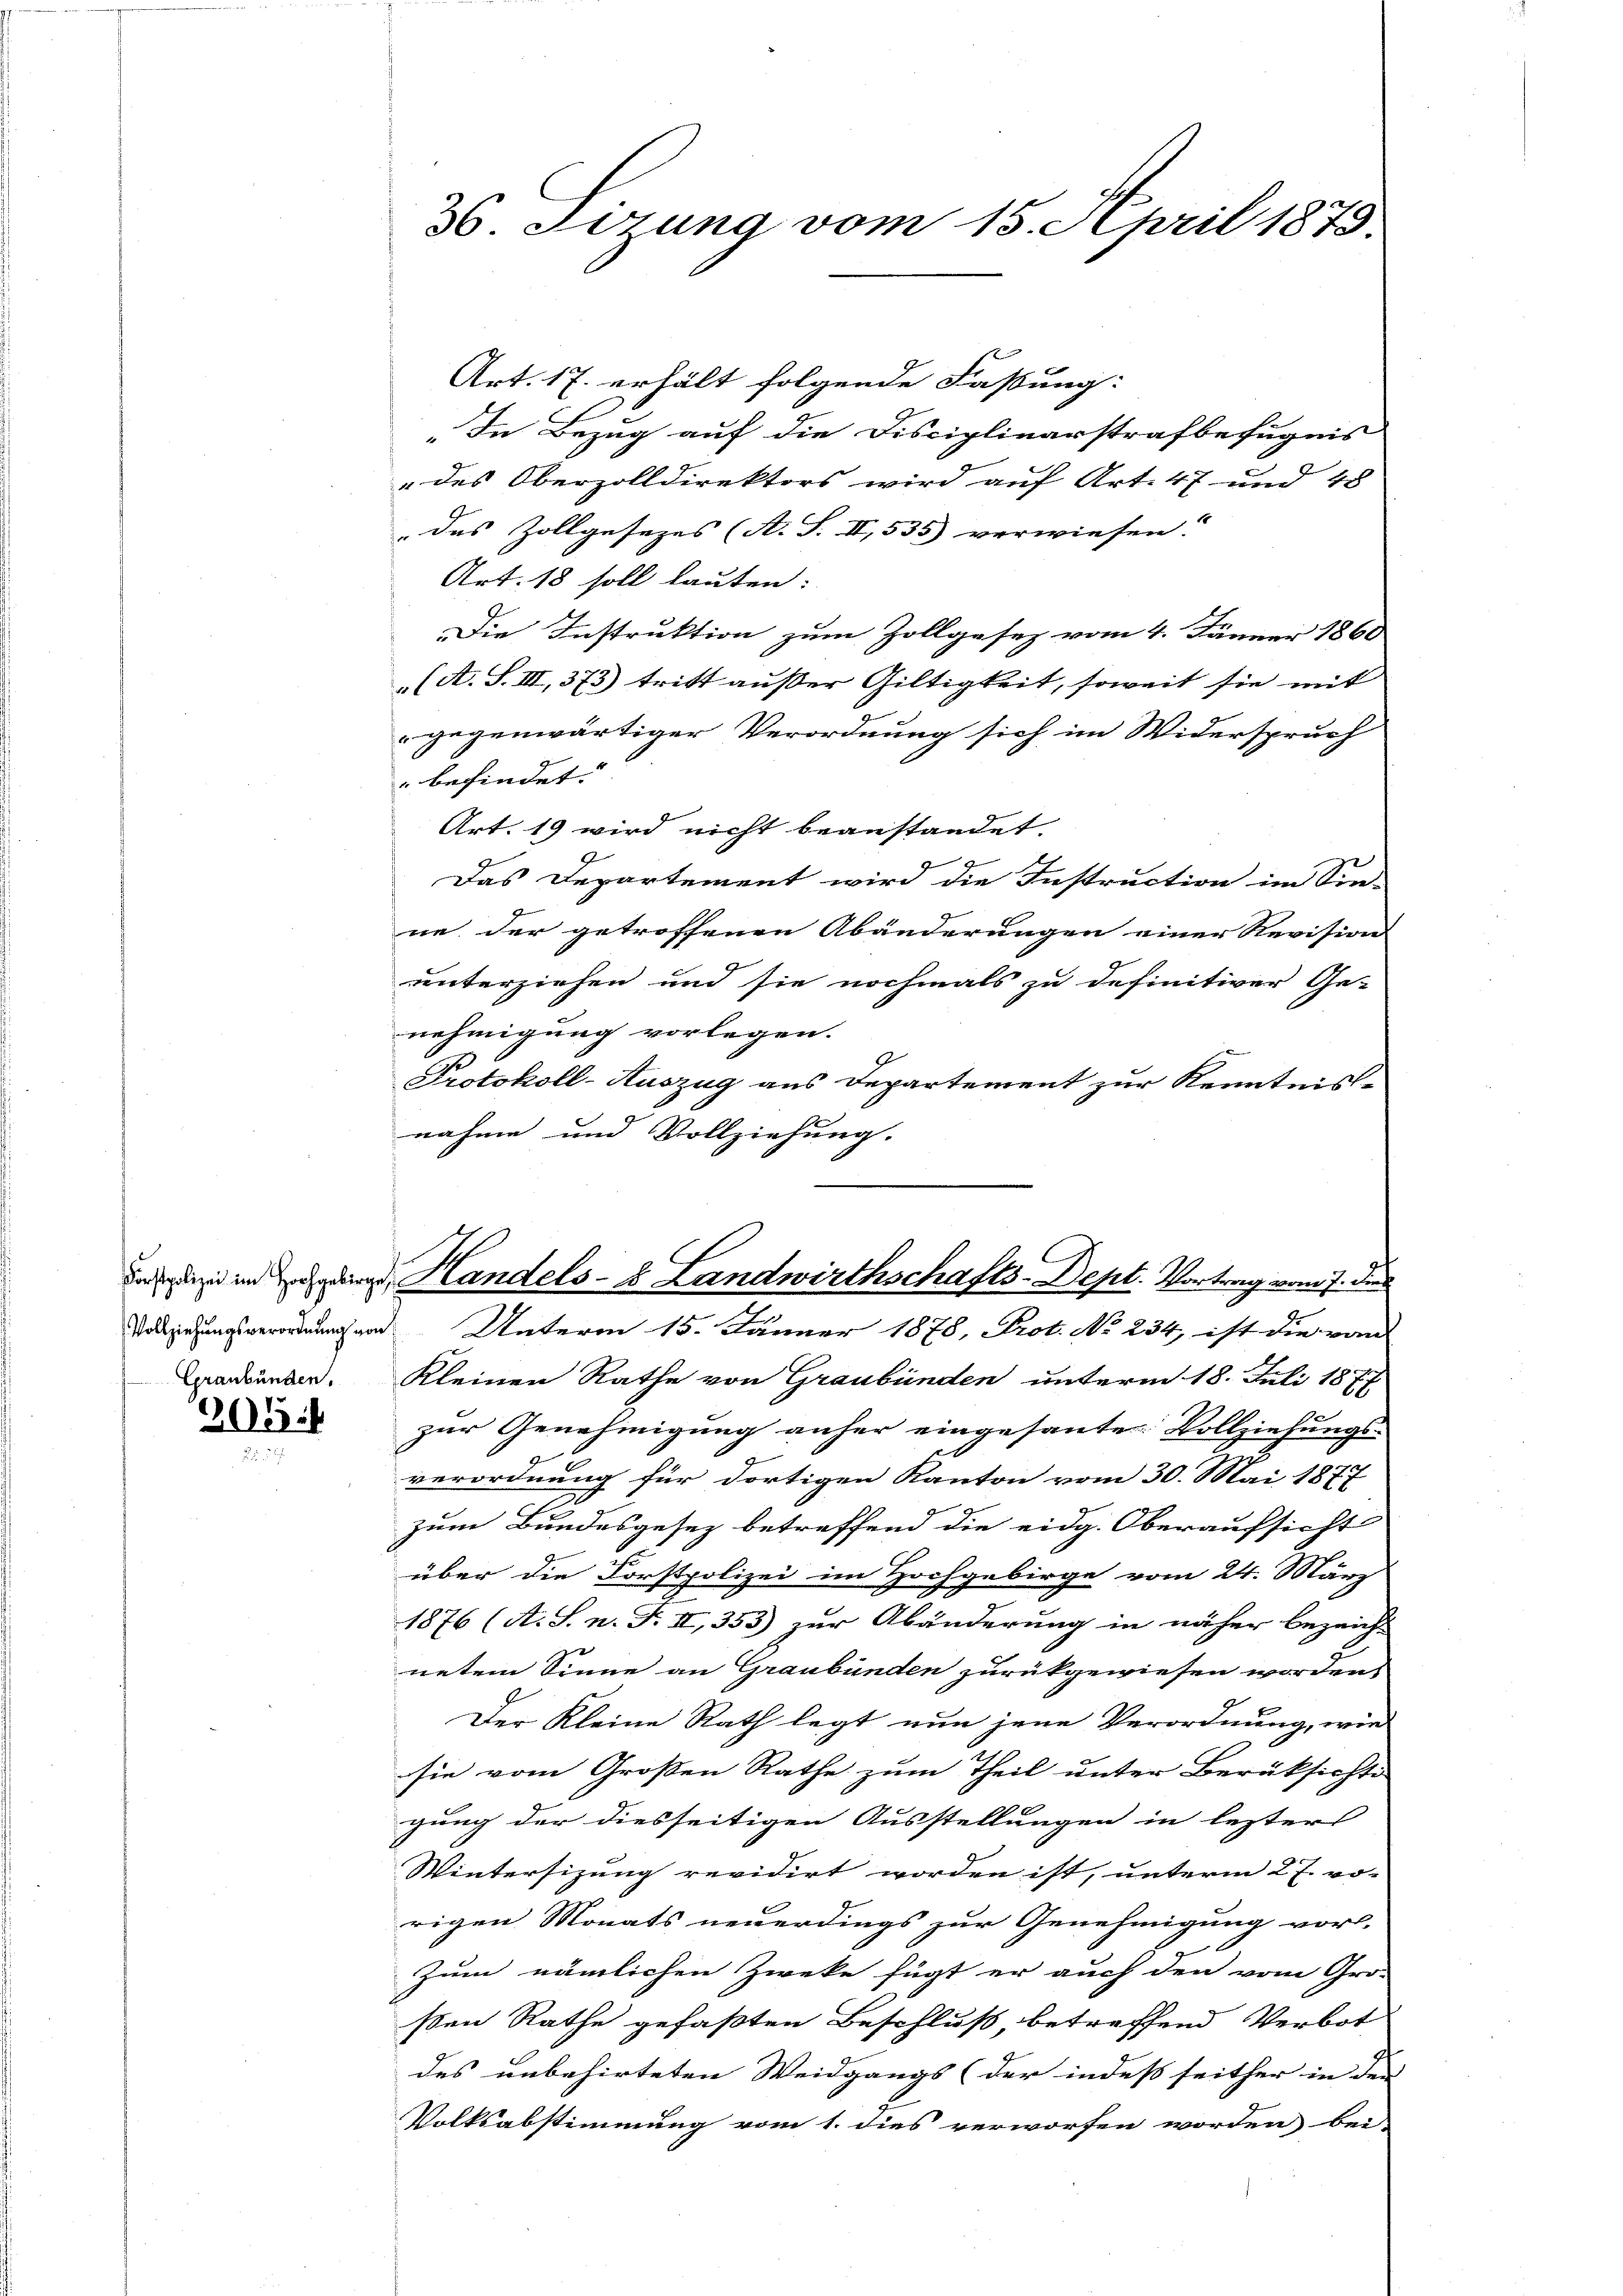
Graubünden.

205

36. Sizung vom 15. April 1873.

Art. 17. erhält folgende Fassung:
„In Bezug auf die Disciplinarstrafbefugnis
" des Oberzolldirektors wird auf Art. 47 und 48
das Zollgesezes (A. S. II, 535) verwiesen.
Art. 18 soll lauten:
Die Instruktion zum Zollgesez vom 4. Jänner 1860
(A. S. III, 373) tritt ausser Giltigkeit, soweit sie mit
gegenwärtiger Verordnung sich im Widerspruch
befindet.
Art. 19 wird nicht beanstandet.
.
Das Departement wird die Instruction im Sin-
ne der getroffenen Abänderungen einer Revision
unterziehen und sie nochmals zu definitiver Ge-
nehmigung vorlegen.
Protokoll-Auszug aus Departement zur Kenntnis-
nahme und Vollziehung.
Kleinen Rathe von Graubünden unterm 18. Juli 1877
zur Genehmigung anher eingesanter Vollziehungs-
verordnung für dortigen Kanton vom 30. Mai 1877
zum Bundesgesez betreffend die eidg. Oberaufsicht
über die Forstpolizei im Hochgebirge vom 24. März
1876 (A. S. n. F. II, 353) zur Abänderung in näher bezeicht
netem Sinne an Graubünden zurükgewiesen worden.
Der Kleine Rath legt nun jene Verordnung, wie
sie vom Großen Rathe zum Theil unter Berüksichti
gung der diesseitigen Ausstellungen in lezter
Wintersizung revidirt worden ist, unterm 27. vo-
rigen Monats neuerdings zur Genehmigung vor-
Zum nämlichen Zweke fügt er auch den vom Gro-
ßen Rathe gefaßten Beschluß, betreffend Verbot
des unbehirteten Weidgangs (der indess seither in der |
Volksabstimmung vom 1. dies verworfen worden bei-

in in der Handels- & Landwirthschafts-Dept. Vortrag vom 7. dies
abziehungsverordnung von Unterm 15. Jänner 1878, Prot. No 234, ist die vom